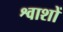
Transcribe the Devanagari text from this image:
श्वाशों